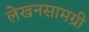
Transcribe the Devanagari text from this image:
लेखनसामग्री